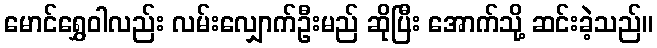
မောင်ရွှေဝါလည်း လမ်းလျှောက်ဦးမည် ဆိုပြီး အောက်သို့ ဆင်းခဲ့သည်။